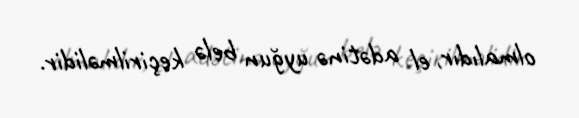
olmalıdır, el adətinə uyğun belə keçirilməlidir.